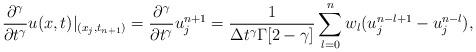
LaTeX: \begin{align*} \frac{\partial^\gamma}{\partial t^\gamma}u(x,t)|_{(x_j,t_{n+1})}=\frac{\partial^\gamma}{\partial t^\gamma}u_j^{n+1}=\frac{1}{\Delta t^\gamma \Gamma[2-\gamma]}\sum\limits_{l=0}^{n}w_l(u_j^{n-l+1}-u_j^{n-l}),\end{align*}